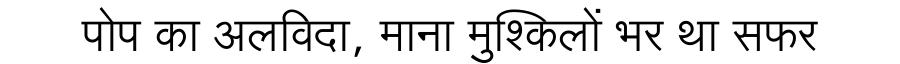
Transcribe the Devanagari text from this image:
पोप का अलविदा, माना मुश्किलों भर था सफर